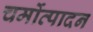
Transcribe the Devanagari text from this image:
चर्मोत्पादन